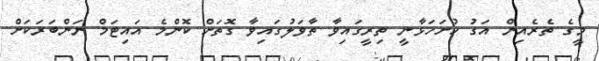
މީގެ ތެރެއިން އަގު ހުށަހަޅާނީ ތިރީގައިވާ ތާވަލުގައިވާ ގޮތަށް ކޮންމެ އައިޓަމް ނަންބަރަކަށް